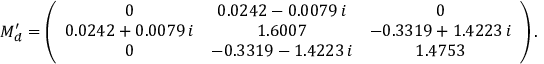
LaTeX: M _ { d } ^ { \prime } = \left( \begin{array} { c c c } { { 0 } } & { { 0 . 0 2 4 2 - 0 . 0 0 7 9 \, i } } & { { 0 } } \\ { { 0 . 0 2 4 2 + 0 . 0 0 7 9 \, i } } & { { 1 . 6 0 0 7 } } & { { - 0 . 3 3 1 9 + 1 . 4 2 2 3 \, i } } \\ { { 0 } } & { { - 0 . 3 3 1 9 - 1 . 4 2 2 3 \, i } } & { { 1 . 4 7 5 3 } } \end{array} \right) .